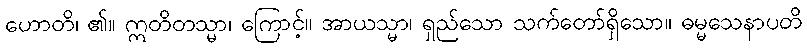
ဟောတိ၊ ၏။ ဣတိတသ္မာ၊ ကြောင့်။ အာယသ္မာ၊ ရှည်သော သက်တော်ရှိသော။ ဓမ္မသေနာပတိ